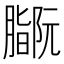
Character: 𫆻